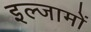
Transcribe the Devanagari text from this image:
इल्जामों